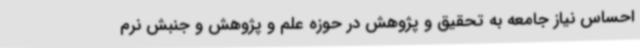
احساس نیاز جامعه به تحقیق و پژوهش در حوزه علم و پژوهش و جنبش نرم